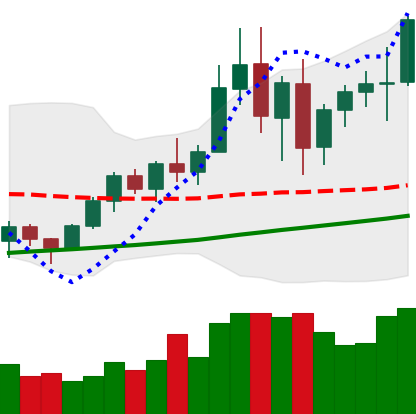
Ticker: BNB-USD
Chart end date: 2020-12-28
Forward return: 6.687%
Label: up_5_7